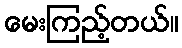
မေးကြည့်တယ်။